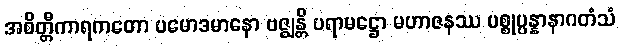
အစိတ္တီကာရကတော ပမောဒမာနော ဗဇ္ဈန္တိ ပရာမဋ္ဌော မဟာဇနဿ ပစ္စုပ္ပန္နာနာဂတံသံ